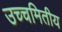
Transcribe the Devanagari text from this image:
उच्चमितीय